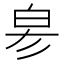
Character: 𤽖